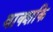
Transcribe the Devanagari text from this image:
वाक्शकि